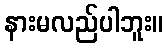
နားမလည်ပါဘူး။